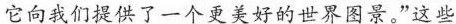
它向我们提供了一个更美好的世界图景。”这些